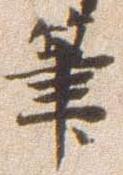
筆